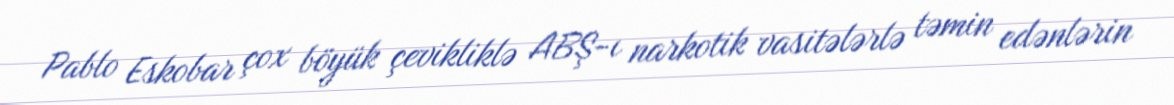
Pablo Eskobar çox böyük çevikliklə ABŞ-ı narkotik vasitələrlə təmin edənlərin